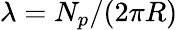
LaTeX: \lambda=N_{p}/(2\pi R)